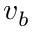
v _ { b }